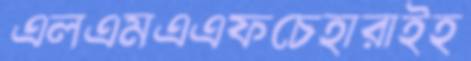
এলএমএএফচেহারাইহ